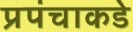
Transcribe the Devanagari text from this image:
प्रपंचाकडे